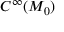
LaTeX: C ^ { \infty } ( M _ { 0 } )